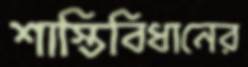
শাস্তিবিধানের